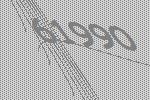
61990